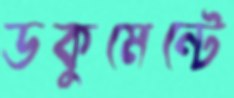
ডকুমেন্টে